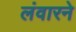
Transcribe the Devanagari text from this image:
लंवारने